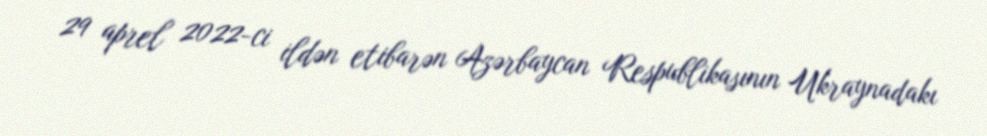
29 aprel 2022-ci ildən etibarən Azərbaycan Respublikasının Ukraynadakı